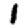
Digit: 1